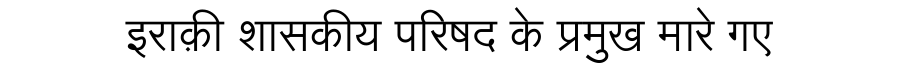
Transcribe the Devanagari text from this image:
इराक़ी शासकीय परिषद के प्रमुख मारे गए